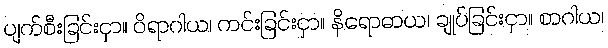
ပျက်စီးခြင်းငှာ။ ဝိရာဂါယ၊ ကင်းခြင်းငှာ။ နိရောဓာယ၊ ချုပ်ခြင်းငှာ။ စာဂါယ၊